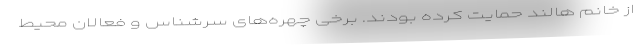
از خانم هالند حمایت کرده بودند. برخی چهره‌های سرشناس و فعالان محیط‌